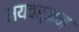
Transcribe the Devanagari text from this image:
भयवर्जन